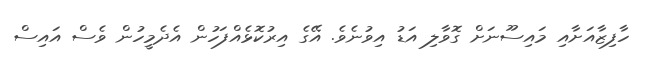
ހާފިޒާއަށާއި މައިސޫނަށް ގޮވާލި އަޑު އިވުނެވެ. އޭގެ އިރުކޮޅެއްފަހުން އެދެމީހުން ވެސް އައިސް